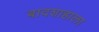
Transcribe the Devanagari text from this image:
बादशाहाला